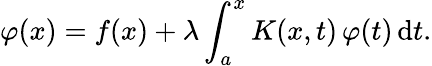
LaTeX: \varphi(x)=f(x)+\lambda\int_{a}^{x}K(x,t)\, \varphi(t)\, \mathrm{d}t.